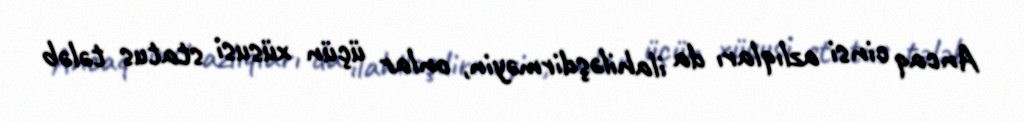
Ancaq cinsi azlıqları da ilahiləşdirməyin, onlar üçün xüsusi status tələb